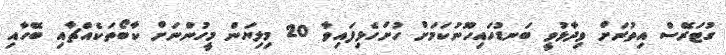
ގުޓަރޭސް އިތުރަށް ވިދާޅުވީ ބަނޑުހައިހޫނުކަމަށް ހުށަހެޅިފައިވާ 20 މިލިޔަން މީހުންނަށް ކާބޯތަކެއްޗާއި ބޭހާއި